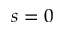
s = 0